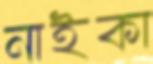
নাইকা